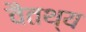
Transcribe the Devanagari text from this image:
वैतथ्य